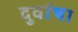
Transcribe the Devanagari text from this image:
दुर्वाषा